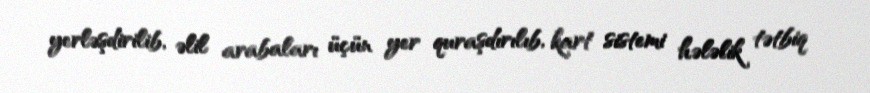
yerləşdirilib, əlil arabaları üçün yer quraşdırılıb, kart sistemi hələlik tətbiq